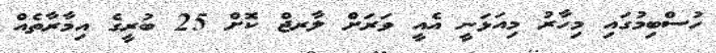
ހުސްބިމުގައި މިހާރު މިއަޅަނީ އެއީ ވަރަށް ލާރޖް ކޮށް 25 ބުރީގެ އިމާރާތެއް